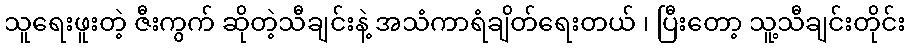
သူရေးဖူးတဲ့ ဇီးကွက် ဆိုတဲ့သီချင်းနဲ့ အသံကာရံချိတ်ရေးတယ် ၊ ပြီးတော့ သူ့သီချင်းတိုင်း